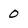
Character: 0